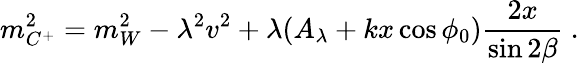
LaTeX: m_{C^{+}}^{2}=m_{W}^{2}-\lambda^{2}v^{2}+\lambda(A_{\lambda}+kx\cos\phi_{0}){\frac{2x}{\sin 2\beta}}\ .